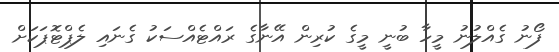
ފޯނު ގެއްލުނު މީހާ ބުނީ މީގެ ކުރިން އޭނާގެ ރައްޓެއްސަކު ގެނައި ލެޕްޓޮޕަކަށް